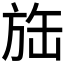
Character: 𱡲